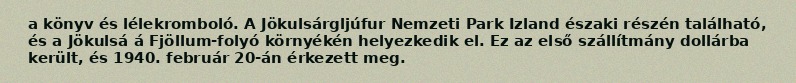
a könyv és lélekromboló. A Jökulsárgljúfur Nemzeti Park Izland északi részén található, és a Jökulsá á Fjöllum-folyó környékén helyezkedik el. Ez az első szállítmány dollárba került, és 1940. február 20-án érkezett meg.